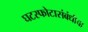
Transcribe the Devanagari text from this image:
घटस्फोटासंबंधीचा